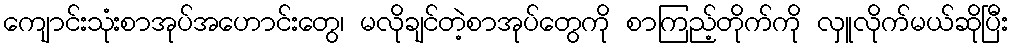
ကျောင်းသုံးစာအုပ်အဟောင်းတွေ၊ မလိုချင်တဲ့စာအုပ်တွေကို စာကြည့်တိုက်ကို လှူလိုက်မယ်ဆိုပြီး